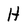
Character: H